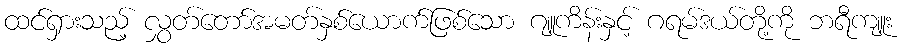
ထင်ရှားသည့် လွှတ်တော်အမတ်နှစ်ယောက်ဖြစ်သော ဂျူကိန်းနှင့် ဂရမ်ဒယ်တို့ကို ဘရီကျူး